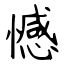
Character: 憾